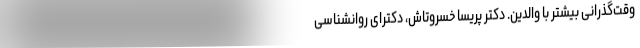
وقت‌گذرانی بیشتر با والدین. دکتر پریسا خسروتاش، دکترای روانشناسی